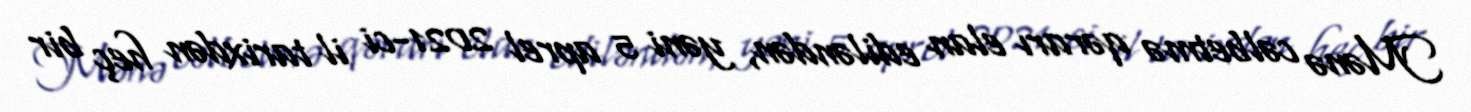
Mənə cəlbetmə qərarı elan ediləndən, yəni 5 aprel 2021-ci il tarixdən heç bir